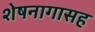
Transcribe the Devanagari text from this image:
शेषनागासह